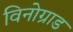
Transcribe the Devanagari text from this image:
विनोग्राड